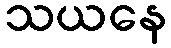
သယနေ